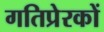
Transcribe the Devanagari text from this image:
गतिप्रेरकों